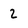
Character: 2